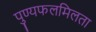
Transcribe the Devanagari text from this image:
पुण्यफलमिलता